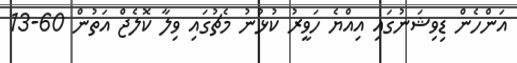
އަންހެން ޑިވިޝަނުގައި އިއްޔެ ހަވީރު ކުޅުނު މެޗުގައި ވިލާ ކޮލެޖް އަތުން 60-13